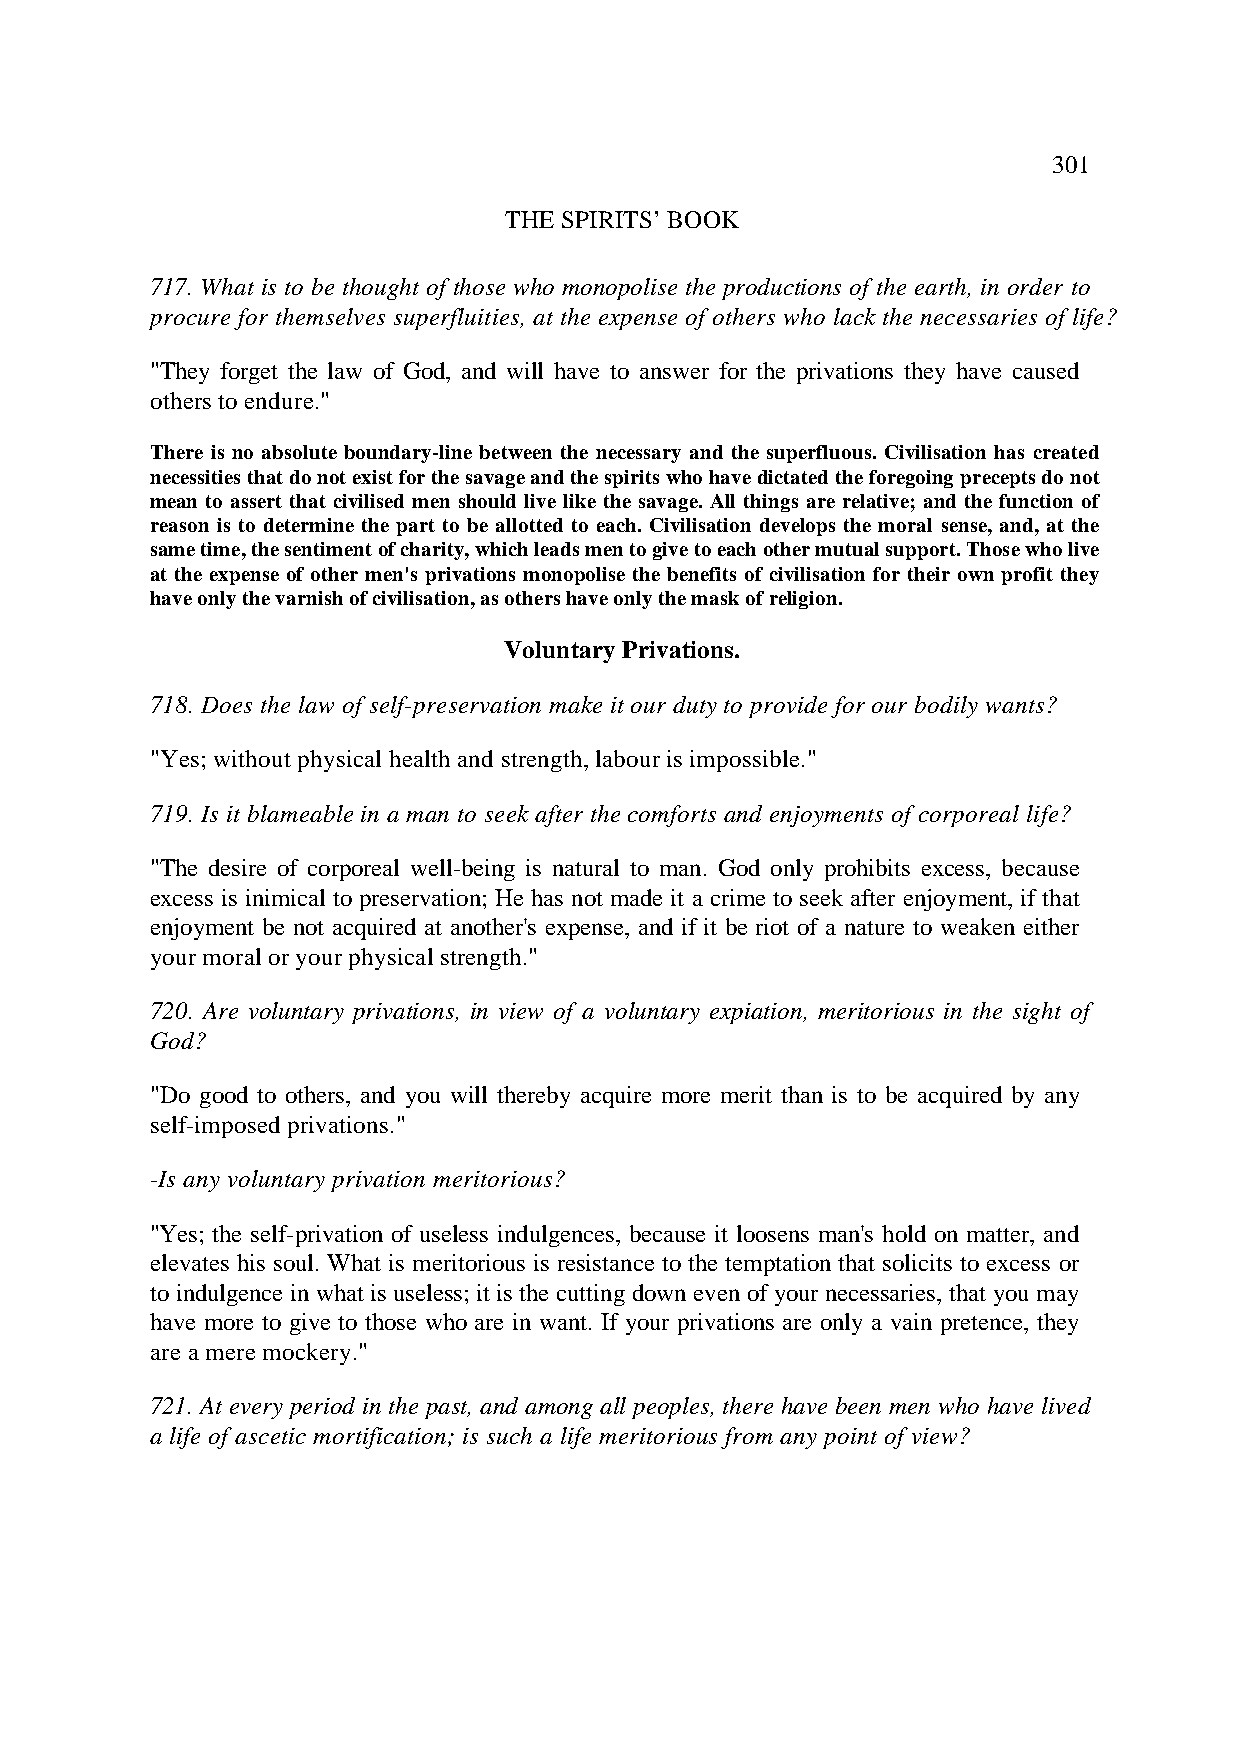
301
 THE SPIRITS’ BOOK
 717. What is to be thought of those who monopolise the productions of the earth, in order to
 procure for themselves superfluities, at the expense of others who lack the necessaries of life?
 "They forget the law of God, and will have to answer for the privations they have caused
 others to endure."
 There is no absolute boundary-line between the necessary and the superfluous. Civilisation has created
 necessities that do not exist for the savage and the spirits who have dictated the foregoing precepts do not
 mean to assert that civilised men should live like the savage. All things are relative; and the function of
 reason is to determine the part to be allotted to each. Civilisation develops the moral sense, and, at the
 same time, the sentiment of charity, which leads men to give to each other mutual support. Those who live
 at the expense of other men's privations monopolise the benefits of civilisation for their own profit they
 have only the varnish of civilisation, as others have only the mask of religion.
 Voluntary Privations.
 718. Does the law of self-preservation make it our duty to provide for our bodily wants?
 "Yes; without physical health and strength, labour is impossible."
 719. Is it blameable in a man to seek after the comforts and enjoyments of corporeal life?
 "The desire of corporeal well-being is natural to man. God only prohibits excess, because
 excess is inimical to preservation; He has not made it a crime to seek after enjoyment, if that
 enjoyment be not acquired at another's expense, and if it be riot of a nature to weaken either
 your moral or your physical strength."
 720. Are voluntary privations, in view of a voluntary expiation, meritorious in the sight of
 God?
 "Do good to others, and you will thereby acquire more merit than is to be acquired by any
 self-imposed privations."
 -Is any voluntary privation meritorious?
 "Yes; the self-privation of useless indulgences, because it loosens man's hold on matter, and
 elevates his soul. What is meritorious is resistance to the temptation that solicits to excess or
 to indulgence in what is useless; it is the cutting down even of your necessaries, that you may
 have more to give to those who are in want. If your privations are only a vain pretence, they
 are a mere mockery."
 721. At every period in the past, and among all peoples, there have been men who have lived
 a life of ascetic mortification; is such a life meritorious from any point of view?